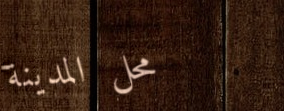
محل المدينة